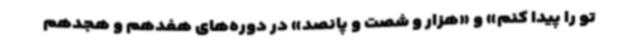
تو را پیدا کنم» و «هزار و شصت و پانصد» در دوره‌های هفدهم و هجدهم